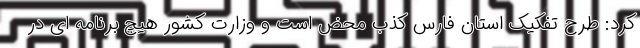
کرد: طرح تفکیک استان فارس کذب محض است و وزارت کشور هیچ برنامه ای در